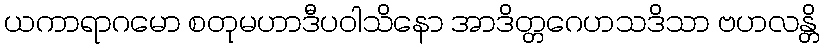
ယကာရာဂမော စတုမဟာဒီပဝါသိနော အာဒိတ္တဂေဟသဒိသာ ဗဟလန္တိ